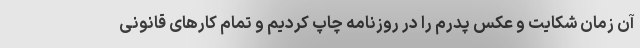
آن زمان شکایت و عکس پدرم را در روزنامه چاپ کردیم و تمام کارهای قانونی